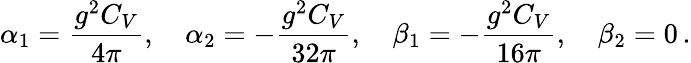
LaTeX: {\alpha}_{1}=\displaystyle\frac{g^{2}C_{V}}{4\pi},\quad{\alpha}_{2}=-\displaystyle\frac{g^{2}C_{V}}{32\pi},\quad{\beta}_{1}=-\displaystyle\frac{g^{2}C_{V}}{16\pi},\quad{\beta}_{2}=0\, .